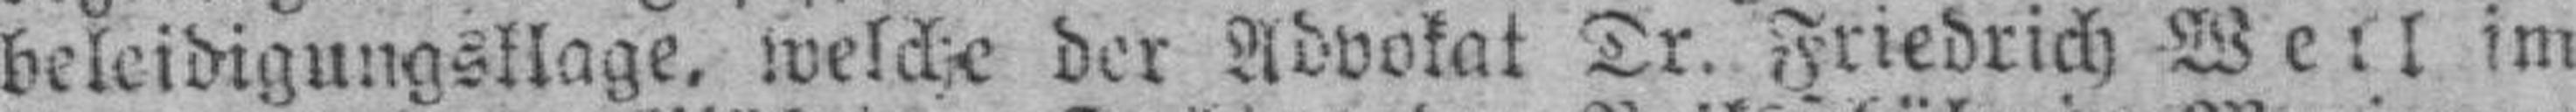
beleidigungsklage, welche der Advokat Dr. Friedrich Weil im